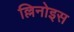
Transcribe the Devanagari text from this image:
ल्लिनोइस